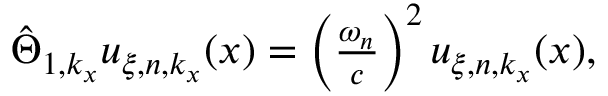
\begin{array} { r } { \hat { \Theta } _ { 1 , k _ { x } } u _ { \xi , n , k _ { x } } ( x ) = \left( \frac { \omega _ { n } } { c } \right) ^ { 2 } u _ { \xi , n , k _ { x } } ( x ) , } \end{array}